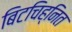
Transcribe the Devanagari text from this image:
बिटचिह्नित